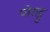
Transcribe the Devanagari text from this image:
पोराट्टु